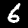
Label: 6